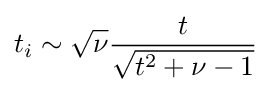
t_{i}\sim {\sqrt {\nu }}{t \over {\sqrt {t^{2}+\nu -1}}}